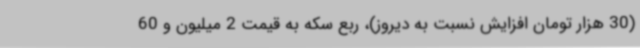
(30 هزار تومان افزایش نسبت به دیروز)، ربع سکه به قیمت 2 میلیون و 60